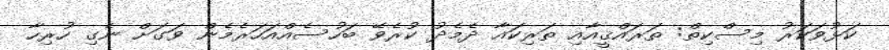
ކަޅުވަކަރު މިސްކިތް: ތަރައްޤީއާއި ތަރިކައާ ދެމެދު ކުރެވޭ ބަހުސެއްއަހަރެމެން ވަގަށް ނެގި ހުރިހާ